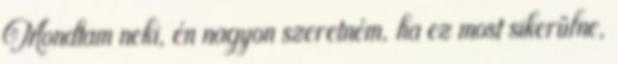
Mondtam neki, én nagyon szeretném, ha ez most sikerülne,